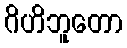
ဂိဟိဘူတော